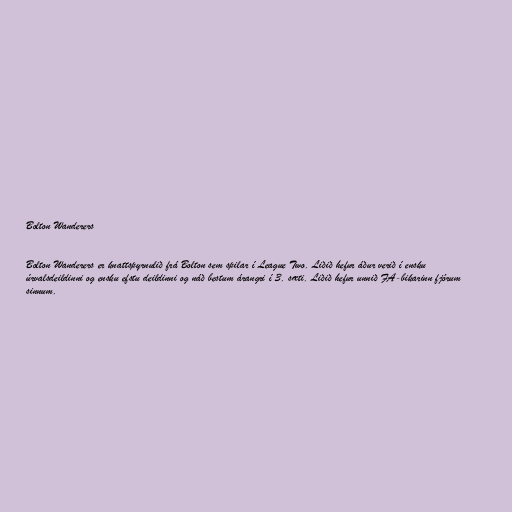
Bolton Wanderers

Bolton Wanderers er knattspyrnulið frá Bolton sem spilar í League Two. Liðið hefur áður verið í ensku
úrvalsdeildinni og ensku efstu deildinni og náð bestum árangri í 3. sæti. Liðið hefur unnið FA-bikarinn fjórum
sinnum.